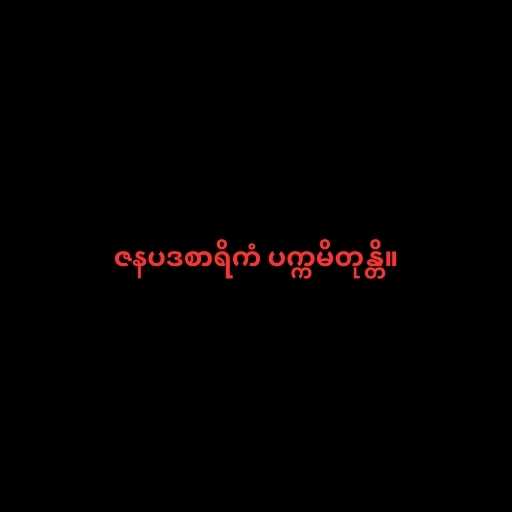
ဇနပဒစာရိကံ ပက္ကမိတုန္တိ။